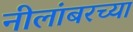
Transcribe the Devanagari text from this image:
नीलांबरच्या